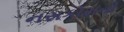
નસકોરાની